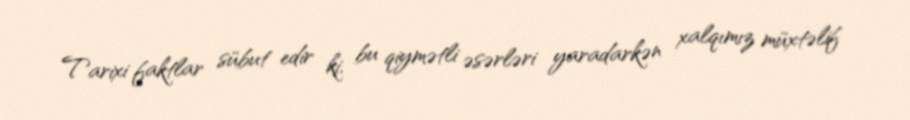
Tarixi faktlar sübut edir ki, bu qiymətli əsərləri yaradarkən xalqımız müxtəlif